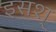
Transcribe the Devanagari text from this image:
इसश्